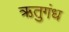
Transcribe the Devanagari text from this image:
ऋतुगंध